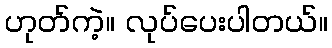
ဟုတ်ကဲ့။ လုပ်ပေးပါတယ်။